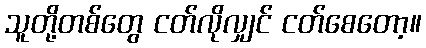
သူတို့တစ်တွေ ငတ်လိုလျှင် ငတ်စေတော့။